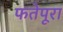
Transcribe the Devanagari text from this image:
फतेपूरा